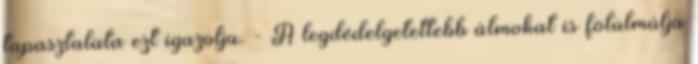
tapasztalata ezt igazolja. - A legdédelgetettebb álmokat is fölülmúlja